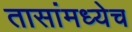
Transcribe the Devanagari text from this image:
तासांमध्येच